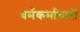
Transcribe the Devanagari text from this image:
धर्मकर्माचारों